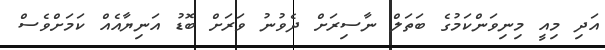
އަދި މިއީ މިނިވަންކަމުގެ ބަތަލް ނާސިރަށް ދެވުނު ވަރަށް ބޮޑު އަނިޔާއެއް ކަމަށްވެސް